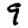
Digit: 9